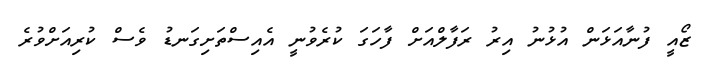
ޒޯއީ ފުނާއަޅަން އުޅުނު އިރު ރަފާލްއަށް ފާހަގަ ކުރެވުނީ އެއިސްތަށިގަނޑު ވެސް ކުރިއަށްވުރެ